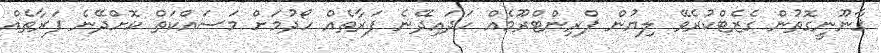
ޤާނޫނީގޮތުން ގެޒެޓްކުރެވޭ ލިޔުން ޕްރިންޓްރޫމެއް ހަދައިދޭނެ ފަރާތެއް ހޯދުމަށް މަސައްކަތް ކޮށްދޭނެ ފަރާތެއް